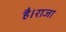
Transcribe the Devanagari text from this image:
है।राजा